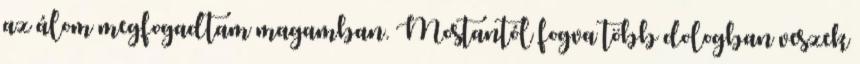
az álom megfogadtam magamban. Mostantól fogva több dologban veszek